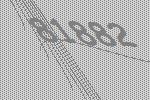
81882